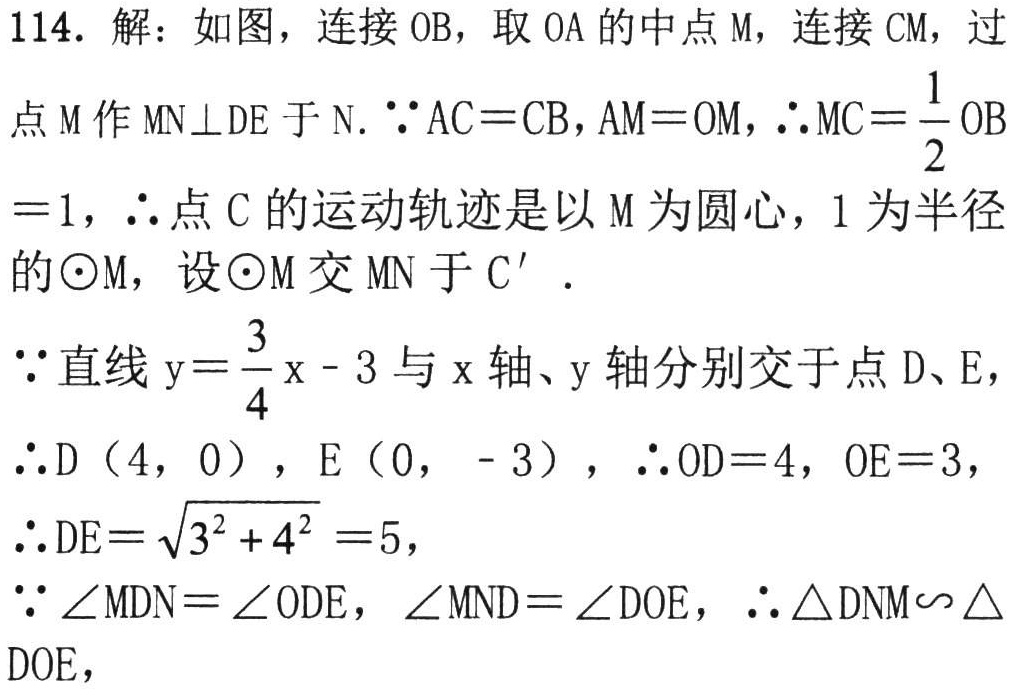
114. 解：如图，连接 \(OB\)，取 \(OA\) 的中点 \(M\)，连接 \(CM\)，过

点 \(M\) 作 \(MN\perp DE\) 于 \(N\). \(\because AC = CB\)，\(AM = OM\)，\(\therefore MC=\frac{1}{2}OB\)

\( = 1\)，\(\therefore\) 点 \(C\) 的运动轨迹是以 \(M\) 为圆心，\(1\) 为半径

的 \(\odot M\)，设 \(\odot M\) 交 \(MN\) 于 \(C'\).

\(\because\) 直线 \(y = \frac{3}{4}x - 3\) 与 \(x\) 轴、\(y\) 轴分别交于点 \(D\)、\(E\)，

\(\therefore D(4,0)\)，\(E(0, - 3)\)，\(\therefore OD = 4\)，\(OE = 3\)，

\(\therefore DE=\sqrt{3^{2}+4^{2}} = 5\)，

\(\because\angle MDN=\angle ODE\)，\(\angle MND=\angle DOE\)，\(\therefore\triangle DNM\sim\triangle DOE\)，